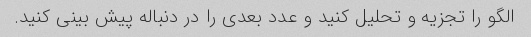
الگو را تجزیه و تحلیل کنید و عدد بعدی را در دنباله پیش بینی کنید.